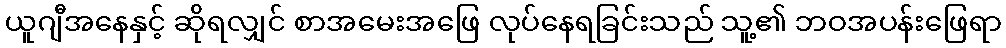
ယူဂျီအနေနှင့် ဆိုရလျှင် စာအမေးအဖြေ လုပ်နေရခြင်းသည် သူ့၏ ဘဝအပန်းဖြေရာ